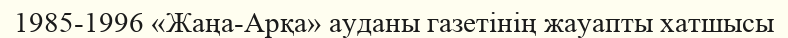
1985-1996 «Жаңа-Арқа» ауданы газетінің жауапты хатшысы